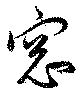
窓